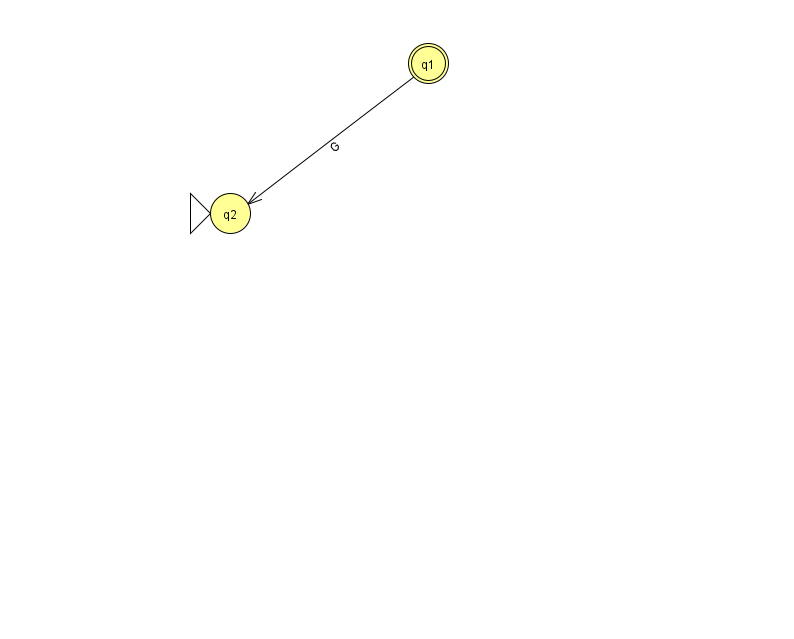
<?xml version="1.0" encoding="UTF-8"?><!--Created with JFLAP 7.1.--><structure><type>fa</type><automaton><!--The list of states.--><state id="1" name="q1"><x>428.0</x><y>50.0</y><final/></state><state id="2" name="q2"><x>230.0</x><y>200.0</y><initial/></state><!--The list of transitions.--><transition><from>1</from><to>2</to><read>G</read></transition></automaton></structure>